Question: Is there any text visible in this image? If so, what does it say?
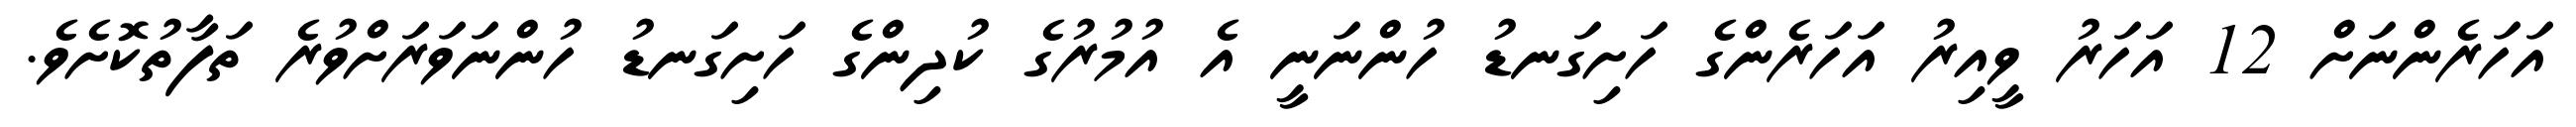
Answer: އަހަރެންނަށް 12 އަހަރު ވީއިރު އަހަރެންގެ ހަށިގަނޑު ހުންނަނީ އެ އުމުރުގެ ކުދިންގެ ހަށިގަނޑު ހުންނަވަރަށްވުރެ ތަފާތުކޮށެވެ.